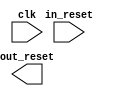
module mcu_subsystem_reset_bridge_0 (
		input  wire  clk,       //       clk.clk
		input  wire  in_reset,  //  in_reset.reset
		output wire  out_reset  // out_reset.reset
	);
endmodule